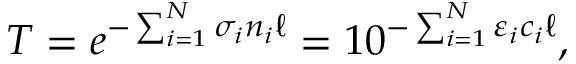
T = e ^ { - \sum _ { i = 1 } ^ { N } \sigma _ { i } n _ { i } \ell } = 1 0 ^ { - \sum _ { i = 1 } ^ { N } \varepsilon _ { i } c _ { i } \ell } ,